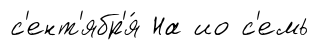
с'ент'ябр'я́ На ио с'емь